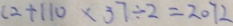
( 2 + 1 1 0 \times 3 7 \div 2 = 2 0 7 2